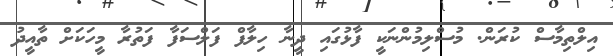
އިލްތިމާސް ކުރަން. މުސްލިމުންނަކީ ފާޅުގައި ދީނާ ހިލާފް ފަލްސަފާ ފަތުރާ މީހަކަށް ތާއީދު